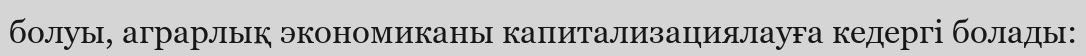
болуы, аграрлық экономиканы капитализациялауға кедергі болады: